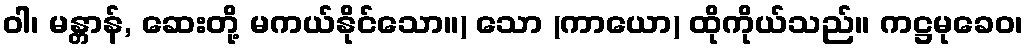
ဝါ၊ မန္တာန်, ဆေးတို့ မကယ်နိုင်သော။) သော (ကာယော) ထိုကိုယ်သည်။ ကဋ္ဌမုခေဝ၊